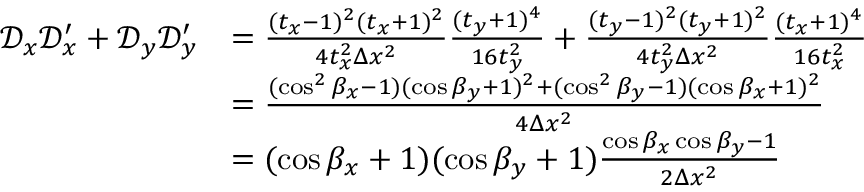
\begin{array} { r l } { \mathscr D _ { x } \mathscr D _ { x } ^ { \prime } + \mathscr D _ { y } \mathscr D _ { y } ^ { \prime } } & { = \frac { ( t _ { x } - 1 ) ^ { 2 } ( t _ { x } + 1 ) ^ { 2 } } { 4 t _ { x } ^ { 2 } \Delta x ^ { 2 } } \frac { ( t _ { y } + 1 ) ^ { 4 } } { 1 6 t _ { y } ^ { 2 } } + \frac { ( t _ { y } - 1 ) ^ { 2 } ( t _ { y } + 1 ) ^ { 2 } } { 4 t _ { y } ^ { 2 } \Delta x ^ { 2 } } \frac { ( t _ { x } + 1 ) ^ { 4 } } { 1 6 t _ { x } ^ { 2 } } } \\ & { = \frac { ( \cos ^ { 2 } \beta _ { x } - 1 ) ( \cos \beta _ { y } + 1 ) ^ { 2 } + ( \cos ^ { 2 } \beta _ { y } - 1 ) ( \cos \beta _ { x } + 1 ) ^ { 2 } } { 4 \Delta x ^ { 2 } } } \\ & { = ( \cos \beta _ { x } + 1 ) ( \cos \beta _ { y } + 1 ) \frac { \cos \beta _ { x } \cos \beta _ { y } - 1 } { 2 \Delta x ^ { 2 } } } \end{array}